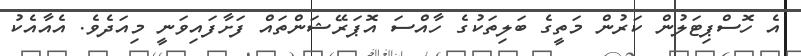
އެ ހޮސްޕިޓަލުން ކަރުން މަތީގެ ބަލިތަކުގެ ހާއްސަ އޮޕަރޭޝަންތައް ފަށާފައިވަނީ މިއަދެވެ. އެއާއެކު